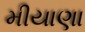
મીયાણા